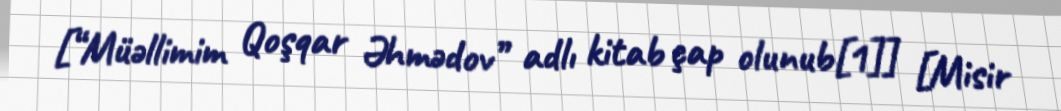
[“Müəllimim Qoşqar Əhmədov” adlı kitab çap olunub[1]] [Misir